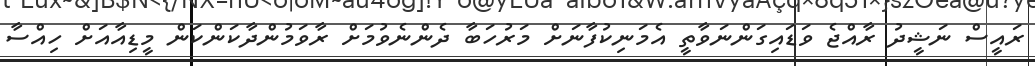
ރައީސް ނަޝީދު ރާއްޖެ ވަޑައިގަންނަވާތީ އެމަނިކުފާނަށް މަރުހަބާ ދެންނެވުމަށް ރާވަމުންދާކަންކަން މީޑިއާއަށް ހިއްސާ